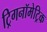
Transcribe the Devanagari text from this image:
ट्रिगनॉमेट्रिक